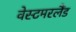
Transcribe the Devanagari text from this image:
वेस्टमरलैंड